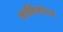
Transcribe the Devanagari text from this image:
कालिमांटन